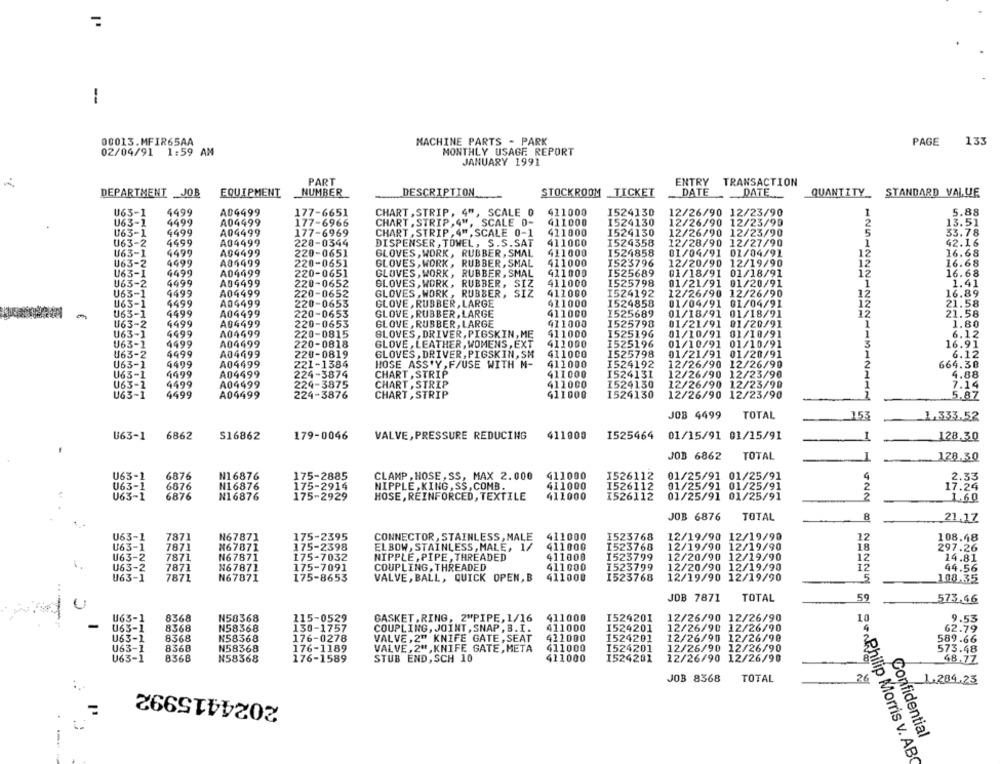
=
1
00013.MFIR65AA
MACHINE PARTS - PARK
PAGE
135
02/04/91 1:59 AM
MONTHLY USAGE REPORT
JANUARY 1991
PART
ENTRY TRANSACTION
DESCRIPTION
STOCKROOM _TICKET
DATE
DATE
DEPARTMENT _JOB
EQUIPMENT
NUMBER
QUANTITY STANDARD VALUE
U63-1
4499
A04499
177-6651
CHART , STRIP, 4", SCALE 0
411000
1524130
12/26/90 12/23/90
5.88
U63-1
4499
A04499
411000
1524130
12/26/90 12/23/99
177-6966
CHART , STRIP, 4", SCALE 0-
13.51
U63-1
4499
A04499
177-6969
CHART , STRIP , 4" , SCALE 0-1
411000
1524130
12/26/90 12/23/90
5
33.78
U63-2
4499
A04499
220-0344
DISPENSER , TOWEL, S.S.SAT
411000
I524358
12/28/90 12/27/90
1
42.16
U63-1
4499
A04499
220-0651
GLOVES, WORK, RUBBER , SMAL
411000
1524858
01/04/91 01/04/91
12
16.68
U63-2
4499
A04499
220-0651
GLOVES , WORK , RUBBER, SMAL
411000
1523796
12/20/90 12/19/90
12
16.68
U63-1
4499
A04499
220-0651
GLOVES, WORK , RUBBER, SMAL
411000
1525689
01/18/91
01/18/91
12
16.68
U63-2
4499
A04499
220-0652
GLOVES, WORK, RUBBER, SIZ
411000
1525798
01/21/91 01/20/91
1.41
U63-1
4499
A04499
220-0652
GLOVES , WORK , RUBBER, SIZ
411000
1524192
12/26/90 12/26/90
12
16.89
U63-1
4499
A04499
220-0653
GLOVE, RUBBER , LARGE
411000
1524858
01/04/91
01/04/91
12
21.58
U63-1
4499
A04499
220-0653
GLOVE, RUBBER, LARGE
411000
1525689
01/18/91 01/18/91
12
21.58
220-0653
411000
U63-2
4499
A04499
GLOVE, RUBBER, LARGE
1525798
01/21/91 01/20/91
1.80
U63-1
4499
A04499
220-0815
GLOVES, DRIVER, PIGSKIN, ME
411000
1525196
01/10/91 01/10/91
1
6.12
U63-1
4499
A04499
220-0818
GLOVE , LEATHER , WOMENS , EXT
411000
1525196
01/10/91 01/10/91
3
16.91
U63-2
4499
A04499
220-0819
GLOVES, DRIVER, PIGSKIN, SM
411000
1525798
01/21/91 01/20/91
1
6.12
U63-1
4499
A04499
221-1384
HOSE ASS'Y , F/USE WITH M-
411000
I524192
12/26/90
12/26/90
2
664.38
U63-1
4499
A04499
224-3874
CHART , STRIP
411000
I524131
12/26/90
12/23/90
4.88
4499
A04499
U63-1
224-3875
CHART , STRIP
411000
1524130
12/26/90
12/23/90
1
7.14
U63-1
4499
A04499
224-3876
CHART , STRIP
411000
1524130
12/26/90 12/23/90
5.87
JOB 4499
TOTAL
153
1.333.52
6862
S16862
179-0046
VALVE, PRESSURE REDUCING
411000
1525464 01/15/91 01/15/91
U63-1
128.30
JOB 6862
TOTAL
128.30
U63-1
6876
N16876
175-2885
CLAMP , HOSE , SS, MAX 2.000
411000
1526112
01/25/91 01/25/91
2.33
U63-1
6876
N16876
175-2914
NIPPLE, KING, SS, COMB.
411000
1526112
01/25/91 01/25/91
2
17.24
U63-1
6876
N16876
175-2929
HOSE, REINFORCED, TEXTILE
411000
1526112
01/25/91 01/25/91
2
1.60
JOB 6876
TOTAL
8
21.17
U63-1
175-2395
CONNECTOR , STAINLESS, MALE
411000
I523768
12/19/90 12/19/90
7871
N67871
12
108.48
U63-1
7871
M67871
175-2398
ELBOW, STAINLESS, MALE, 1/
411000
I523768
12/19/90
12/19/90
18
297.26
U63-2
7871
N67871
175-7032
NIPPLE, PIPE , THREADED
411000
1523799
12/20/90 12/19/90
12
14.81
U63-2
411000
1523799
12/20/90 12/19/90
12
7871
N67871
175-7091
COUPLING, THREADED
44.56
U63-1
7871
N67871
175-8653
VALVE, BALL, QUICK OPEN, B
411000
1523768
12/19/90 12/19/90
108.35
JOB 7871
59
TOTAL
573.46
U63-1
8368
N58368
115-0529
GASKET .RING, 2"PIPE, 1/16
411000
I524201
12/26/90 12/26/90
9.53
U63-1
8368
130-1757
COUPLING, JOINT , SNAP , B. I.
1524201
12/26/90 12/26/90
N58368
411000
62.79
U63-1
8368
N58368
176-0278
VALVE, 2" KNIFE GATE , SEAT
411000
1524201
12/26/90
12/26/90
589.66
U63-1
8368
N58368
176-1189
VALVE, 2", KNIFE GATE , META
411000
1524201
12/26/90
12/26/90
573.48
U63-1
8368
N58368
STUB END, SCH 10
411000
1524201
12/26/90 12/26/90
176-1589
48.77
JOB 8368
TOTAL
26
1.284.23
2024415992
Confidential
Philip Morris v. ABC